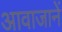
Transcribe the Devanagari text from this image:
आवाजानें